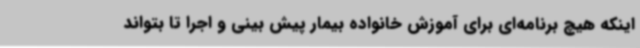
اینکه هیچ برنامه‌ای برای آموزش خانواده بیمار پیش بینی و اجرا تا بتواند